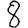
Digit: 8